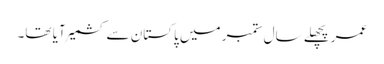
عمر پچھلے سال ستمبر میں پاکستان سے کشمیر آیا تھا۔